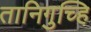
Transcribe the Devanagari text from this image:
तानिगुच्हि